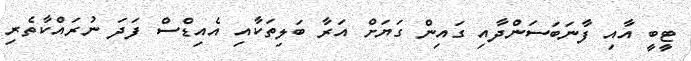
ޓީބީ އާއި ފާނަބަސަންދާއި ގައިން ގަޔަށް އަރާ ބަލިތަކާއި އެއިޑްސް ފަދަ ނުރައްކާތެރި